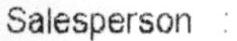
SALESPERSON :